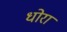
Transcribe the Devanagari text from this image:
धोरां